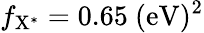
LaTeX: f_{\mathrm{{X^{*}}}}=0.65~\mathrm{{(eV)^{2}}}